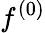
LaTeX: f^{(0)}